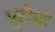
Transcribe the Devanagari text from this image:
पुरोश्री